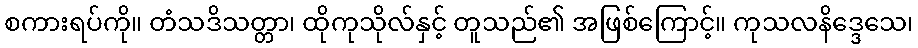
စကားရပ်ကို။ တံသဒိသတ္တာ၊ ထိုကုသိုလ်နှင့် တူသည်၏ အဖြစ်ကြောင့်။ ကုသလနိဒ္ဒေသေ၊